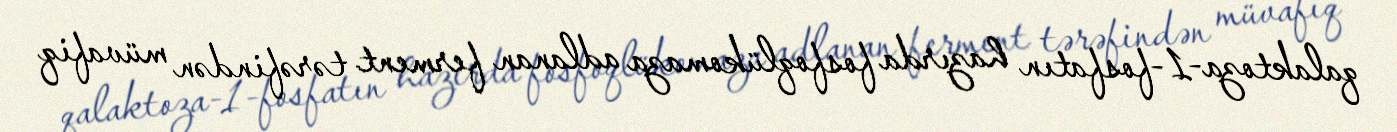
qalaktoza-1-fosfatın hazırda fosfoqlükomaza adlanan ferment tərəfindən müvafiq